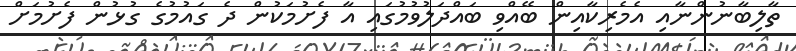
ތާލިބާނުންނާއި އެމެރިކާއިން ބޭއްވިި ބައްދަލުވުމުގައި އާ ފެށުމަކުން ދެ ގައުމުގެ ގުޅުން ފެށުމަށް